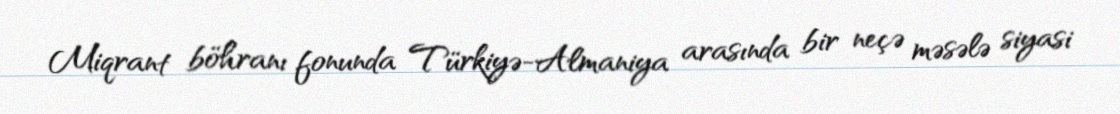
Miqrant böhranı fonunda Türkiyə-Almaniya arasında bir neçə məsələ siyasi